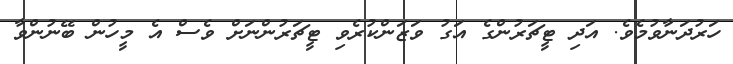
ހަރުދަނާވުމެވެ. އަދި ޓީޗަރުންގެ އަގު ވަޒަންކުރެވި ޓީޗަރުންނަށް ވެސް އެ މީހުން ބޭނުންވާ